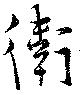
衛